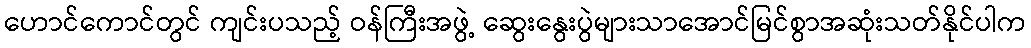
ဟောင်ကောင်တွင် ကျင်းပသည့် ဝန်ကြီးအဖွဲ့ ဆွေးနွေးပွဲများသာအောင်မြင်စွာအဆုံးသတ်နိုင်ပါက